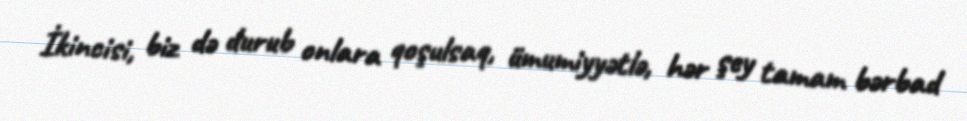
İkincisi, biz də durub onlara qoşulsaq, ümumiyyətlə, hər şey tamam bərbad